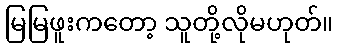
မြမြဖူးကတော့ သူတို့လိုမဟုတ်။